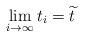
LaTeX: \begin{align*} \lim_{i \to \infty} t_i=\widetilde t\end{align*}